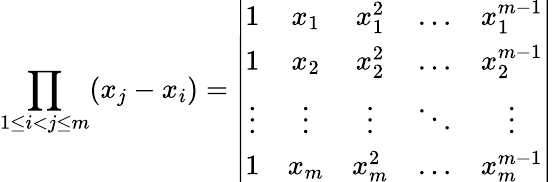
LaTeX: \prod_{1\le i<j\le m}(x_{j}-x_{i})=\left|\begin{array}{ccccc}{{1}}&{{x_{1}}}&{{x_{1}^{2}}}&{{\dots}}&{{x_{1}^{m-1}}}\\ {{1}}&{{x_{2}}}&{{x_{2}^{2}}}&{{\dots}}&{{x_{2}^{m-1}}}\\ {{\vdots}}&{{\vdots}}&{{\vdots}}&{{\ddots}}&{{\vdots}}\\ {{1}}&{{x_{m}}}&{{x_{m}^{2}}}&{{\dots}}&{{x_{m}^{m-1}}}\end{array}\right|